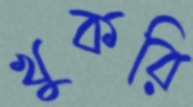
খুকরি